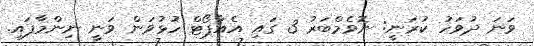
ވަނަ ދުވަހު ކުރަނީ: ނޮވެމްބަރު 3 ގައި އެއާޕޯޓް ހުޅުވަން ވަނީ ނިންމާފައި.